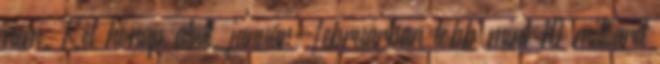
nem. Két hónap alatt, január-februárban több mint 10 milliárd